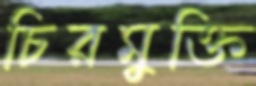
চিরমুক্তি